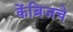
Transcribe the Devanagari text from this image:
केंब्रिजचे